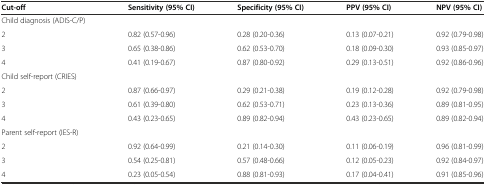
<table><thead><tr><td><b>Cut-off</b></td><td><b>Sensitivity (95% CI)</b></td><td><b>Specificity (95% CI)</b></td><td><b>PPV (95% CI)</b></td><td><b>NPV (95% CI)</b></td></tr></thead><tbody><tr><td>Child diagnosis (ADIS-C/P)</td><td></td><td></td><td></td><td></td></tr><tr><td>2</td><td>0.82 (0.57-0.96)</td><td>0.28 (0.20-0.36)</td><td>0.13 (0.07-0.21)</td><td>0.92 (0.79-0.98)</td></tr><tr><td>3</td><td>0.65 (0.38-0.86)</td><td>0.62 (0.53-0.70)</td><td>0.18 (0.09-0.30)</td><td>0.93 (0.85-0.97)</td></tr><tr><td>4</td><td>0.41 (0.19-0.67)</td><td>0.87 (0.80-0.92)</td><td>0.29 (0.13-0.51)</td><td>0.92 (0.86-0.96)</td></tr><tr><td>Child self-report (CRIES)</td><td></td><td></td><td></td><td></td></tr><tr><td>2</td><td>0.87 (0.66-0.97)</td><td>0.29 (0.21-0.38)</td><td>0.19 (0.12-0.28)</td><td>0.92 (0.79-0.98)</td></tr><tr><td>3</td><td>0.61 (0.39-0.80)</td><td>0.62 (0.53-0.71)</td><td>0.23 (0.13-0.36)</td><td>0.89 (0.81-0.95)</td></tr><tr><td>4</td><td>0.43 (0.23-0.65)</td><td>0.89 (0.82-0.94)</td><td>0.43 (0.23-0.65)</td><td>0.89 (0.82-0.94)</td></tr><tr><td>Parent self-report (IES-R)</td><td></td><td></td><td></td><td></td></tr><tr><td>2</td><td>0.92 (0.64-0.99)</td><td>0.21 (0.14-0.30)</td><td>0.11 (0.06-0.19)</td><td>0.96 (0.81-0.99)</td></tr><tr><td>3</td><td>0.54 (0.25-0.81)</td><td>0.57 (0.48-0.66)</td><td>0.12 (0.05-0.23)</td><td>0.92 (0.84-0.97)</td></tr><tr><td>4</td><td>0.23 (0.05-0.54)</td><td>0.88 (0.81-0.93)</td><td>0.17 (0.04-0.41)</td><td>0.91 (0.85-0.96)</td></tr></tbody></table>